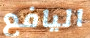
اليافع